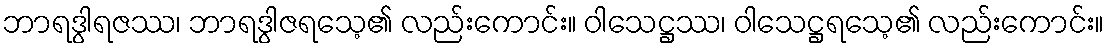
ဘာရဒွါရဇဿ၊ ဘာရဒွါဇရသေ့၏ လည်းကောင်း။ ဝါသေဋ္ဌဿ၊ ဝါသေဋ္ဌရသေ့၏ လည်းကောင်း။